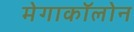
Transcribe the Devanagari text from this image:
मेगाकॉलोन